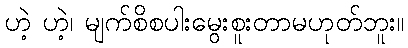
ဟဲ့ ဟဲ့၊ မျက်စိစပါးမွေးစူးတာမဟုတ်ဘူး။